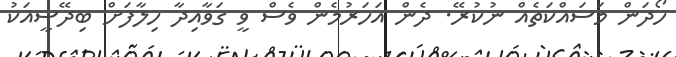
ހޯދަން މަސައްކަތެއް ނުކުރޭ. ދެން އަހަރުމެން ވެސް ވީ ގަވާއިދާ ހިލާފަށް ބިދޭސީއަކު